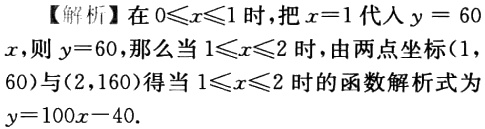
【解析】在\(0\leqslant x\leqslant1\)时，把\(x = 1\)代入\(y = 60x\)，则\(y = 60\)，那么当\(1\leqslant x\leqslant2\)时，由两点坐标\((1,60)\)与\((2,160)\)得当\(1\leqslant x\leqslant2\)时的函数解析式为\(y = 100x - 40\)。